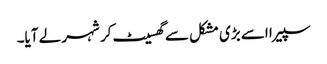
سپیرا اسے بڑی مشکل سے گھسیٹ کر شہر لے آیا۔